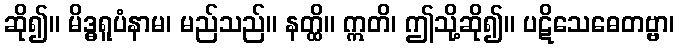
ဆို၍။ မိဒ္ဓရူပံနာမ၊ မည်သည်။ နတ္ထိ။ ဣတိ၊ ဤသို့ဆို၍။ ပဋိသေဓေတဗ္ဗာ၊